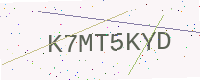
Text: K7MT5KYD